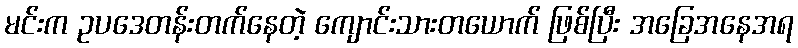
မင်းက ဥပဒေတန်းတက်နေတဲ့ ကျောင်းသားတယောက် ဖြစ်ပြီး အခြေအနေအရ